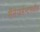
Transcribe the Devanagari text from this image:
मॅनेजमेन्टमधील